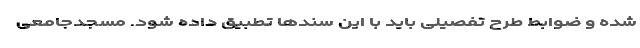
شده و ضوابط طرح تفصیلی باید با این سندها تطبیق داده شود. مسجدجامعی